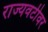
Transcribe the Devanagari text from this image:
राज्यवटीवर